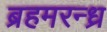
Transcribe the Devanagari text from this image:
ब्रहमरन्ध्र